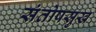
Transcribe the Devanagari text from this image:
संतोषसुख